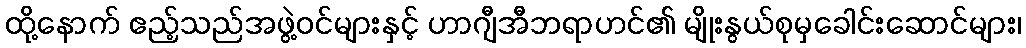
ထို့နောက် ဧည့်သည်အဖွဲ့ဝင်များနှင့် ဟာဂျီအီဘရာဟင်၏ မျိုးနွယ်စုမှခေါင်းဆောင်များ၊